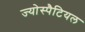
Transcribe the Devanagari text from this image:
ज्योस्पैटियल